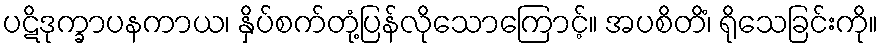
ပဋိဒုက္ခာပနကာယ၊ နှိပ်စက်တုံ့ပြန်လိုသောကြောင့်။ အပစိတိံ၊ ရိုသေခြင်းကို။